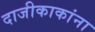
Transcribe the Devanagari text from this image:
दाजीकाकांना